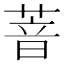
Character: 萻